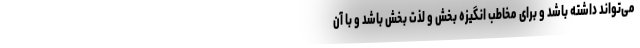
می‌تواند داشته باشد و برای مخاطب انگیزه بخش و لذت بخش باشد و با آن